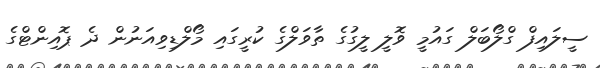
ސީލައިފް ގްލޯބަލް ގައުމީ ވޮލީ ލީގުގެ ތާވަލްގެ ކުރީގައި މޯލްޑިވިއަނުން ދެ ޕޮއިންޓްގެ